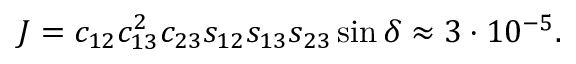
J = c _ { 1 2 } c _ { 1 3 } ^ { 2 } c _ { 2 3 } s _ { 1 2 } s _ { 1 3 } s _ { 2 3 } \sin \delta \approx 3 \cdot 1 0 ^ { - 5 } .